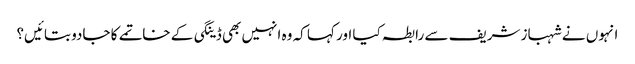
انہوں نے شہباز شریف سے رابطہ کیا اور کہا کہ وہ انہیں بھی ڈینگی کے خاتمے کا جادو بتائیں؟